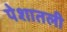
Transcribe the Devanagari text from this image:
पेशातली